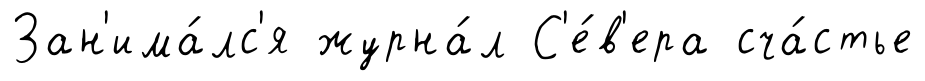
Зан'има́лс'я журна́л С'е́в'ера сча́стье